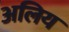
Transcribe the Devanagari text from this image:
अलिय